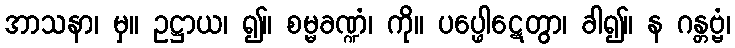
အာသနာ၊ မှ။ ဥဋ္ဌာယ၊ ၍။ စမ္မခဏ္ဍံ၊ ကို။ ပပ္ဖေါဋေတွာ၊ ခါ၍။ န ဂန္တဗ္ဗံ၊